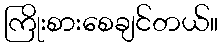
ကြိုးစားစေချင်တယ်။